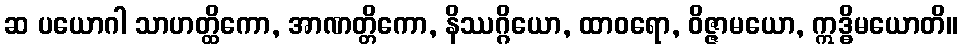
ဆ ပယောဂါ သာဟတ္ထိကော, အာဏတ္တိကော, နိဿဂ္ဂိယော, ထာဝရော, ဝိဇ္ဇာမယော, ဣဒ္ဓိမယောတိ။